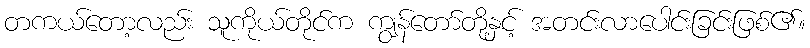
တကယ်တော့လည်း သူကိုယ်တိုင်က ကျွန်တော်တို့နှင့် အတင်းလာပေါင်းခြင်းဖြစ်၏။